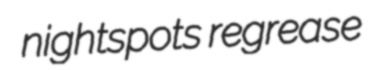
nightspots regrease